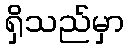
ရှိသည်မှာ